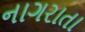
નાગરાતા